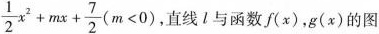
$$\frac{1}{2}x^{2}+mx+ \frac{7}{2}(m<0)$$ 直线l与函数f(x)，g(x)的图